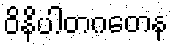
ဝိနိပါတဂတေန